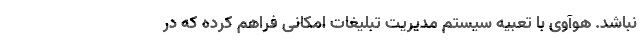
نباشد. هوآوی با تعبیه سیستم مدیریت تبلیغات امکانی فراهم کرده که در